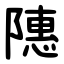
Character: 䧥